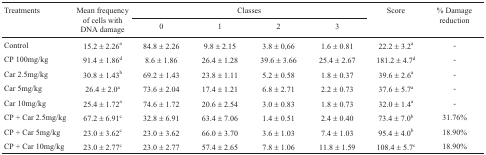
| <ROWSPAN=2> Treatments | <ROWSPAN=2> Mean frequency of cells with DNAdamage | <COLSPAN=4> Classes | <ROWSPAN=2> Score | <ROWSPAN=2> % Damage reduction |
 | 0 | 1 | 2 | 3 |
 | --- | --- | --- | --- | --- | --- | --- | --- |
 | Control | 15.2 ± 2.26a | 84.8 ± 2.26 | 9.8 ± 2.15 | 3.8 ± 0,66 | 1.6 ± 0.81 | 22.2 ± 3.2a | - |
 | CP 100mg/kg | 91.4 ± 1.86d | 8.6 ± 1.86 | 26.4 ± 1.28 | 39.6 ± 3.66 | 25.4 ± 2.67 | 181.2 ± 4.7d | - |
 | Car 2.5mg/kg | 30.8 ± 1.43b | 69.2 ± 1.43 | 23.8 ± 1.11 | 5.2 ± 0.58 | 1.8 ± 0.37 | 39.6 ± 2.6a | - |
 | Car 5mg/kg | 26.4 ± 2.0a | 73.6 ± 2.04 | 17.4 ± 1.21 | 6.8 ± 2.71 | 2.2 ± 0.73 | 37.6 ± 5.7a | - |
 | Car 10mg/kg | 25.4 ± 1.72a | 74.6 ± 1.72 | 20.6 ± 2.54 | 3.0 ± 0.83 | 1.8 ± 0.73 | 32.0 ± 1.4a | - |
 | CP + Car 2.5mg/kg | 67.2 ± 6.91c | 32.8 ± 6.91 | 63.4 ± 7.06 | 1.4 ± 0.51 | 2.4 ± 0.40 | 73.4 ± 7.0b | 31.76% |
 | CP + Car 5mg/kg | 23.0 ± 3.62c | 23.0 ± 3.62 | 66.0 ± 3.70 | 3.6 ± 1.03 | 7.4 ± 1.03 | 95.4 ± 4.0b | 18.90% |
 | CP + Car 10mg/kg | 23.0 ± 2.77c | 23.0 ± 2.77 | 57.4 ± 2.65 | 7.8 ± 1.06 | 11.8 ± 1.59 | 108.4 ± 5.7c | 18.90% |